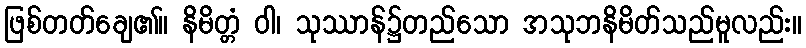
ဖြစ်တတ်ချေ၏။ နိမိတ္တံ ဝါ၊ သုဿာန်၌တည်သော အသုဘနိမိတ်သည်မူလည်း။